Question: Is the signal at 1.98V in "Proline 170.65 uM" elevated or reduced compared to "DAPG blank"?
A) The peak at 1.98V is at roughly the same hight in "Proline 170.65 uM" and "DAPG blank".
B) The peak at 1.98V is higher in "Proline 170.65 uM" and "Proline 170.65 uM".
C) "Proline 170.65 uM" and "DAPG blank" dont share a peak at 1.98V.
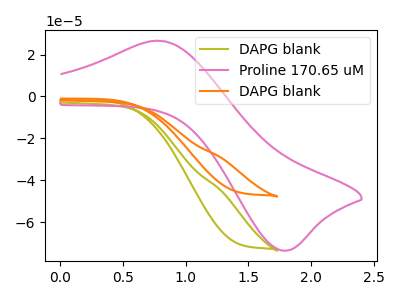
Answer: <think>The olive curve "DAPG blank" has no peaks. The pink curve "Proline 170.65 uM" has an anodic peak at (0.80V, 26.50uA) and a cathodic peak at (1.75V, -73.55uA). The orange curve "DAPG blank" has no peaks.</think>
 <answer>C) "Proline 170.65 uM" and "DAPG blank" dont share a peak at 1.98V.</answer>
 <eval>C</eval>